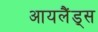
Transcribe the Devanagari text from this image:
आयलैंड्स